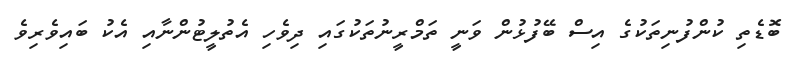
ބޮޑެތި ކުންފުނިތަކުގެ އިސް ބޭފުޅުން ވަނީ ތަމްރީނުތަކުގައި ދިވެހި އެތުލީޓުންނާއި އެކު ބައިވެރިވެ